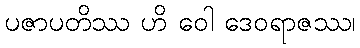
ပဇာပတိဿ ဟိ ဝေါ ဒေဝရာဇဿ၊